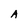
Character: A